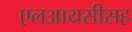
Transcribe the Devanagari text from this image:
एलआयसीसह